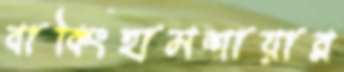
বাকিংহামশায়ার